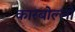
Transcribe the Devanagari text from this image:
कारबोल्लो